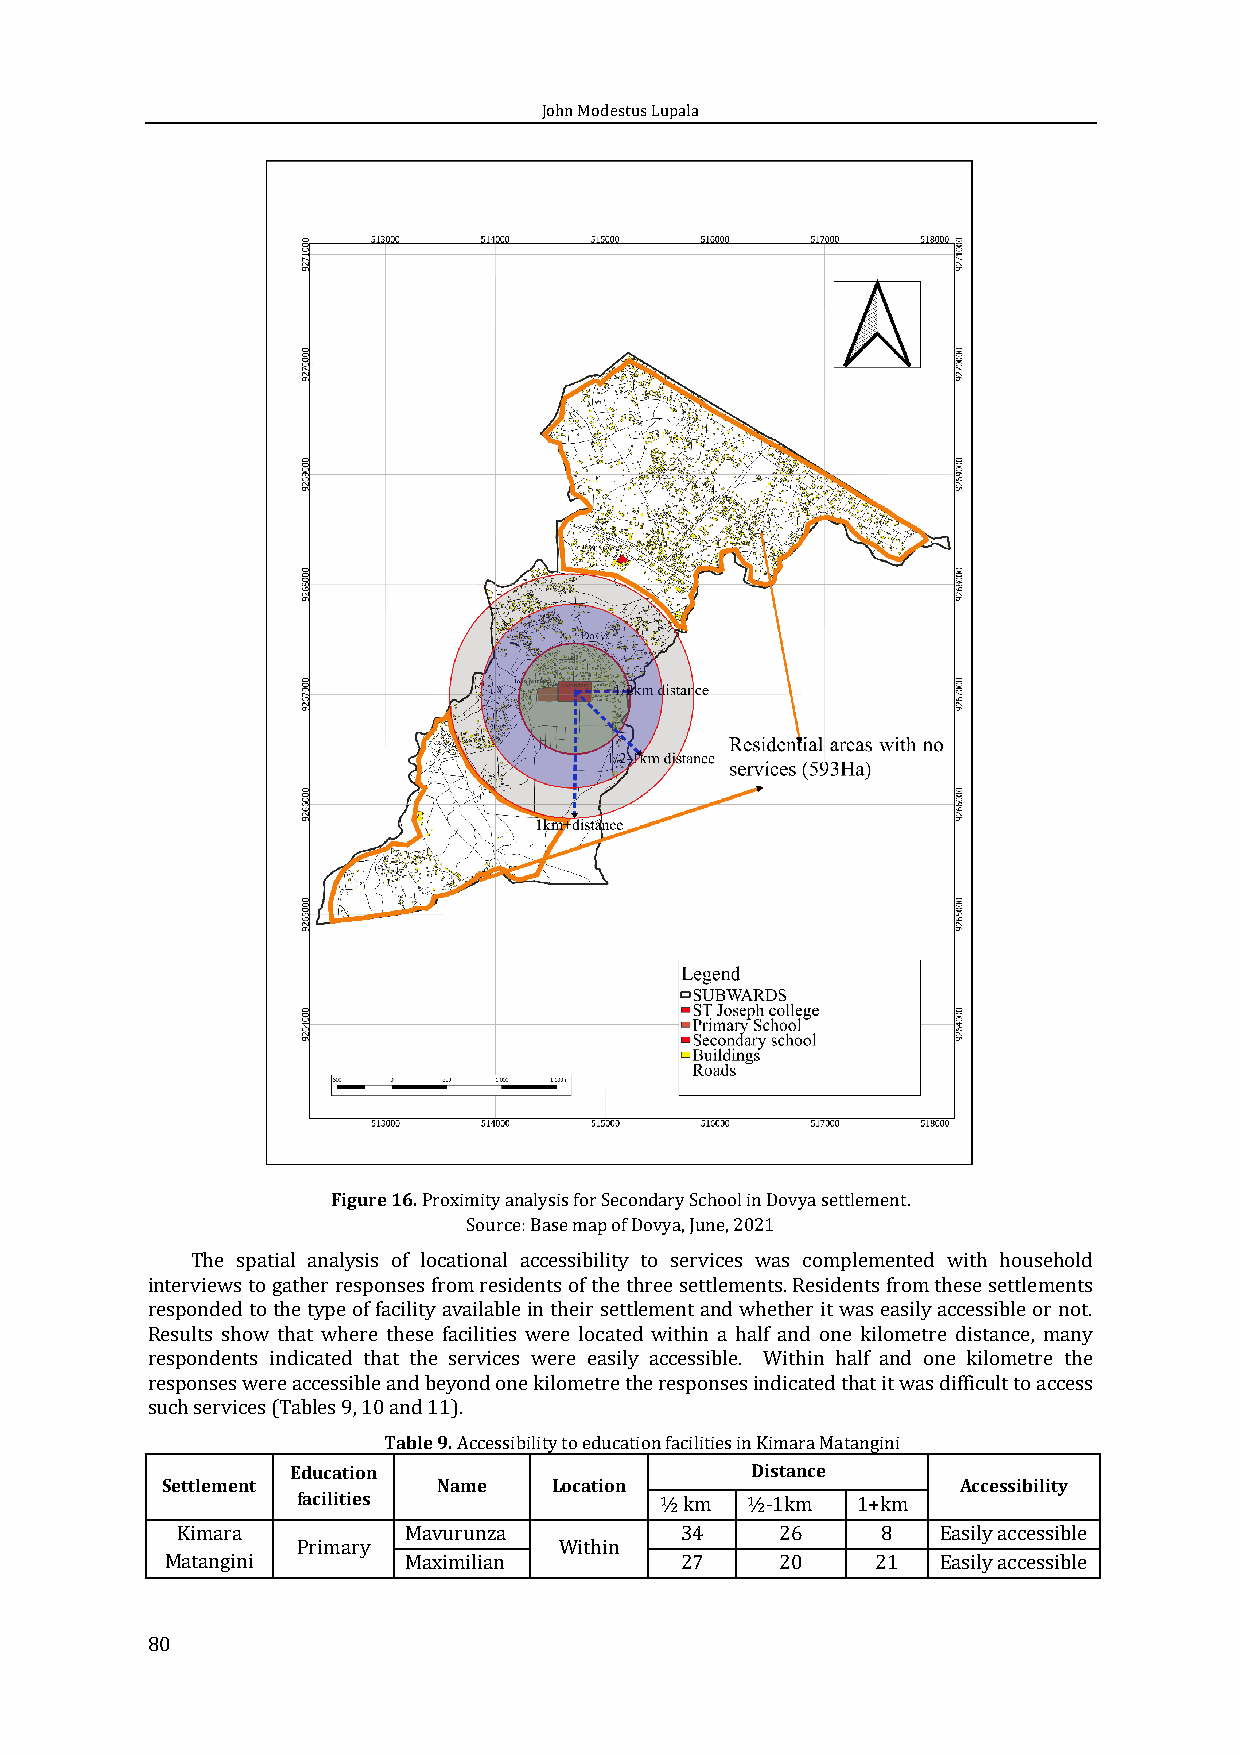
John Modestus Lupala
 Figure 16. Proximity analysis for Secondary School in Dovya settlement.
 Source: Base map of Dovya, June, 2021
 The spatial analysis of locational accessibility to services was complemented with household
 interviews to gather responses from residents of the three settlements. Residents from these settlements
 responded to the type of facility available in their settlement and whether it was easily accessible or not.
 Results show that where these facilities were located within a half and one kilometre distance, many
 respondents indicated that the services were easily accessible. Within half and one kilometre the
 responses were accessible and beyond one kilometre the responses indicated that it was difficult to access
 such services (Tables 9, 10 and 11).
 Table 9. Accessibility to education facilities in Kimara Matangini
 Education                      Distance
 Settlement        Name    Location                   Accessibility
 facilities              ½ km ½-1km   1+km
 Kimara         Mavurunza         34     26    8   Easily accessible
 Primary          Within
 Matangini       Maximilian        27     20    21  Easily accessible
 80